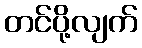
တင်ပို့လျက်